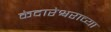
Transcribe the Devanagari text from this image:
केदारेश्वराच्या